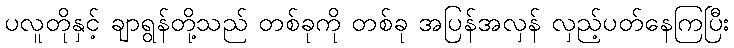
ပလူတိုနှင့် ချာရွန်တို့သည် တစ်ခုကို တစ်ခု အပြန်အလှန် လှည့်ပတ်နေကြပြီး